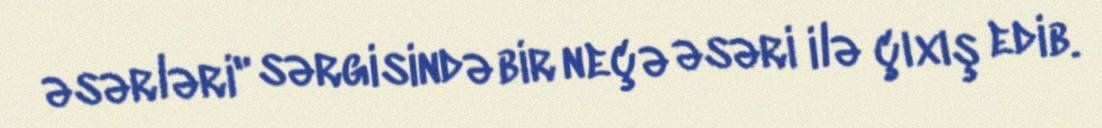
əsərləri" sərgisində bir neçə əsəri ilə çıxış edib.